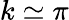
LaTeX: k\simeq\pi